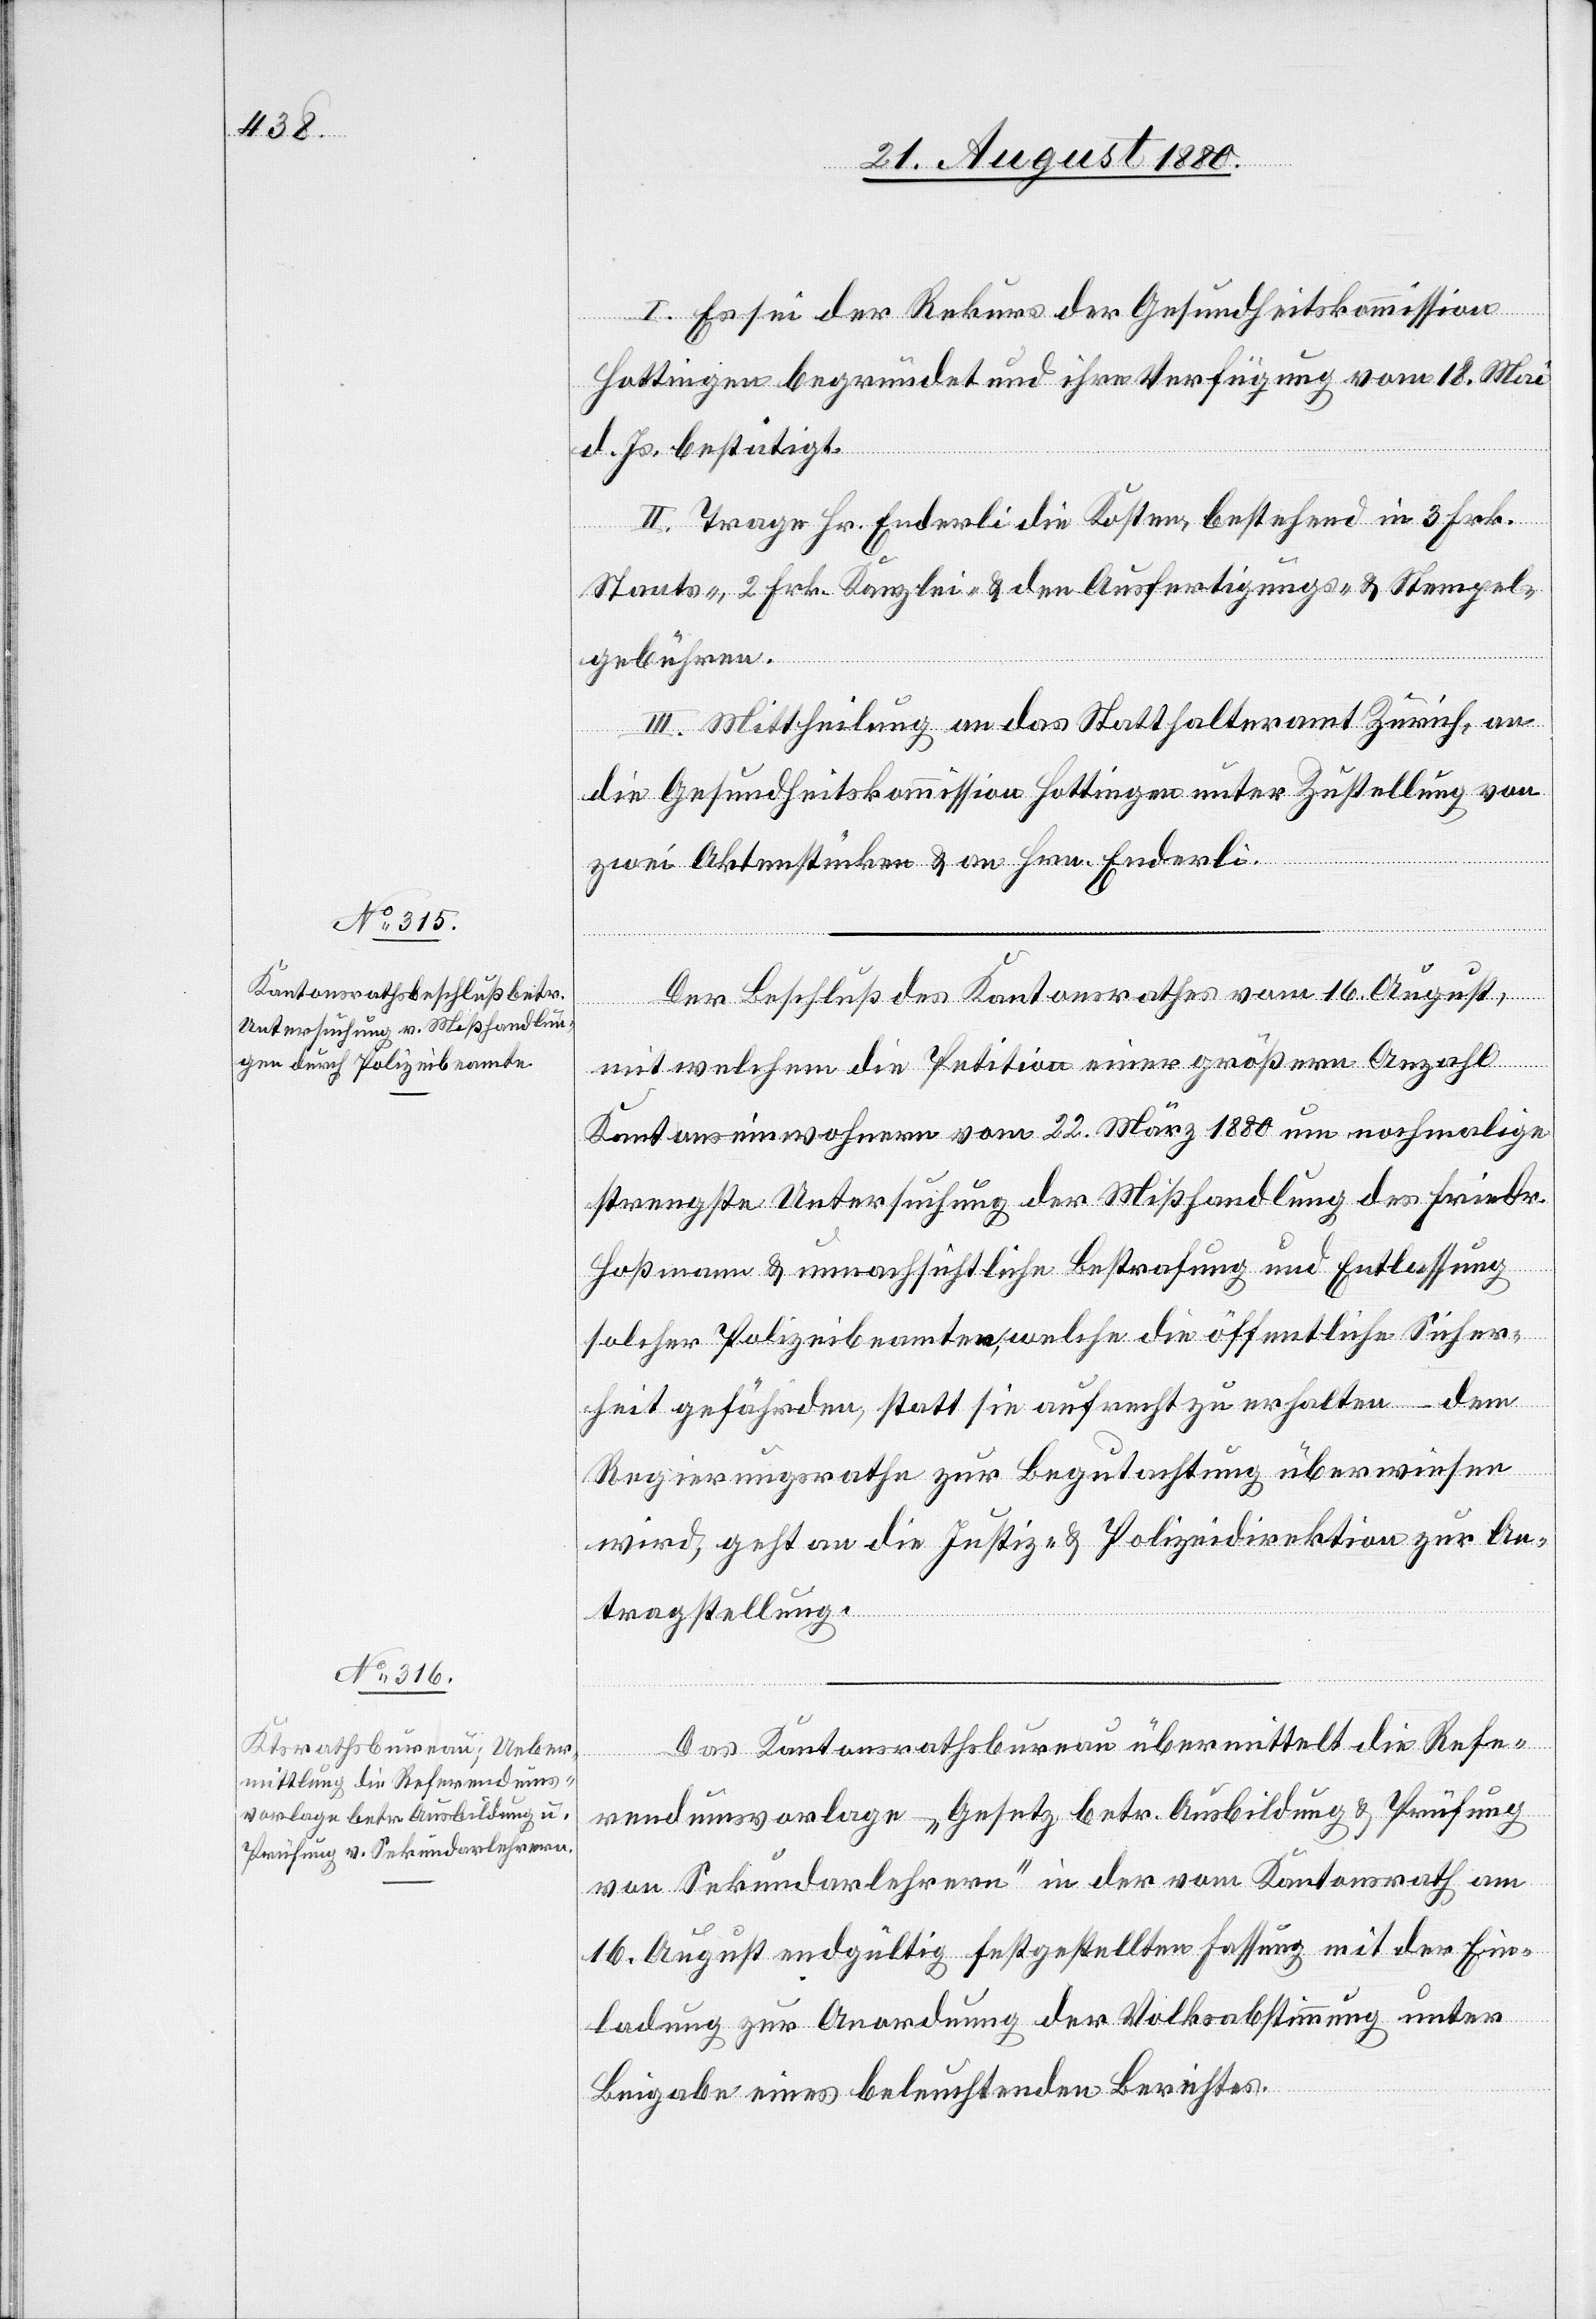
I. Es sei der Rekurs der Gesundheitskommission
Hottingen begründet und ihre Verfügung vom 18. Mai
d. Js. bestätigt.
II. Trage Hr. Enderli die Kosten, bestehend in 3 Frk.
Staats-, 2 Frk. Kanzlei- & den Ausfertigungs- & Stempel¬
gebühren.
III. Mittheilung an das Statthalteramt Zürich, an
die Gesundheitskommission Hottingen unter Zustellung von
zwei Aktenstücken & an Hrn. Enderli.
Der Beschluß des Kantonsrathes vom 16. August,
mit welchem die Petition einer größeren Anzahl
Kantonseinwohnern vom 22. März 1880 um nochmalige
strengste Untersuchung der Mißhandlung des Friedr.
Hoßmann& unnachsichtliche Bestrafung und Entlassung
solcher Polizeibeamten, welche die öffentliche Sicher¬
heit gefährden, statt sie aufrecht zu erhalten dem
Regierungsrathe zur Begutachtung überwiesen
wird, geht an die Justiz- & Polizeidirektion zur An¬
tragstellung.
Das Kantonsrathsbureau übermittelt die Refe¬
rendumsvorlage „Gesetz betr. Ausbildung & Prüfung
von Sekundarlehrern“ in der vom Kantonsrath am
16. August endgültig festgestellten Fassung mit der Ein¬
ladung zur Anordnung der Volksabstimmung unter
Beigabe eines beleuchtenden Berichtes.